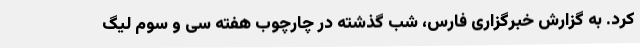
کرد. به گزارش خبرگزاری فارس، شب گذشته در چارچوب هفته سی و سوم لیگ